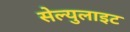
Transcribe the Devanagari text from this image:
सेल्युलाइट